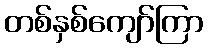
တစ်နှစ်ကျော်ကြာ